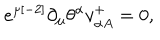
e ^ { \mu { [ - 2 ] } } \partial _ { \mu } \theta ^ { \alpha } v _ { \alpha { A } } ^ { { + } } = 0 ,